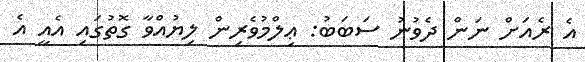
އެ ރެއަށް ނަން ދެވުނު ސަބަބު: ޢިލްމުވެރިން ލިޔުއްވާ ގޮތުގައި އެއީ އެ